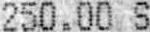
250.00 S